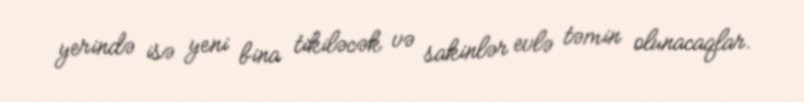
yerində isə yeni bina tikiləcək və sakinlər evlə təmin olunacaqlar.